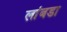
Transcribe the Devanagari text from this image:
लांबडा